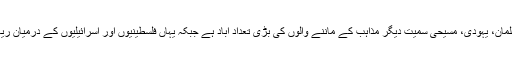
خیال رہے کہ مقبوضہ بیت المقدس یا یروشلم میں مسلمان، یہودی، مسیحی سمیت دیگر مذاہب کے ماننے والوں کی بڑی تعداد آباد ہے جبکہ یہاں فلسطینیوں اور اسرائیلیوں کے درمیان ریاست کے قیام کے حوالے سے تنازع بھی جاری ہے۔